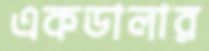
একডালার